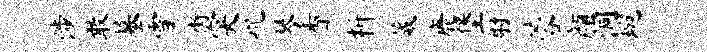
涉敢墓雪街突吮琴香析葳鹿堡射蓉颜洞琬